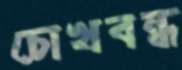
চোখবন্ধ